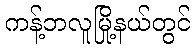
ကန့်ဘလူမြို့နယ်တွင်